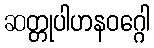
ဆတ္တုပါဟနဝဂ္ဂေါ